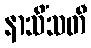
နာသိံသတီ